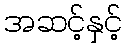
အဆင့်နှင့်